Sketch of the medical history of the native army of Bombay, for the year
Year: 1872
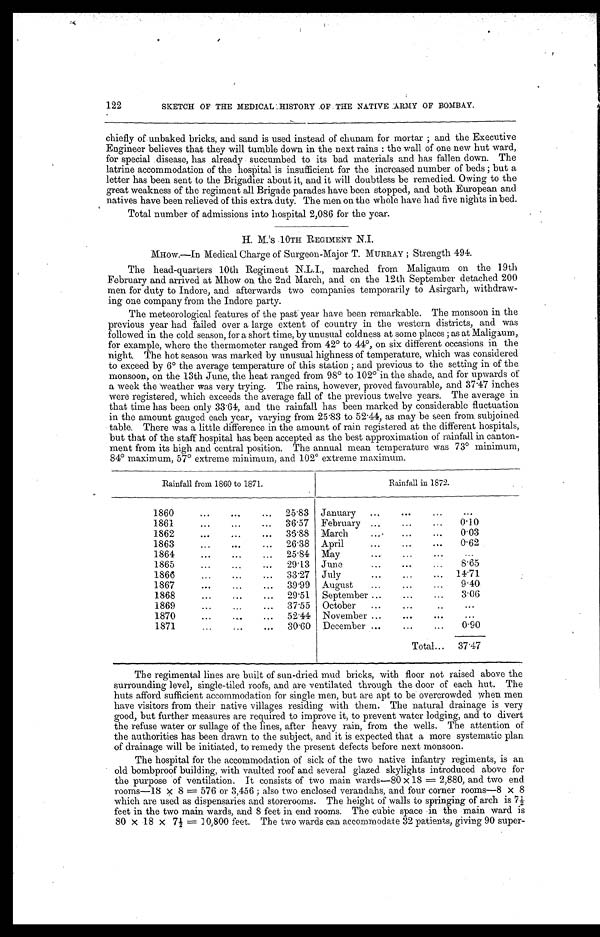
122
SKETCH OF THE MEDICA HISTORY OF THE NATIVE ARMY OF BOMBAY.
chiefly of unbaked bricks, and sand is used instead of chunam for mortar ; and the Executive
Engineer believes that they will tumble down in the next rains : the wall of one new hut ward,
for special disease, has already succumbed to its bad materials and has fallen down. The
latrine accommodation of the hospital is insufficient for the increased number of beds ; but a
letter has been sent to the Brigadier about it, and it will doubtless be remedied. Owing to the
great weakness of the regiment all Brigade parades have been stopped, and both European and
natives have been relieved of this extra duty. The men on the whole have had five nights in bed.
Total number of admissions into hospital 2,086 for the year.
H. M.'S .10TH REGIMENT N.I.
MHOW.—In Medical Charge of Surgeon-Major T. MURRAY ; Strength 494.
The head-quarters 10th Regiment N.L.I., marched from Maligaum on the 19th
February and arrived at Mhow on the 2nd March, and on the 12th September detached 200
men for duty to Indore, and afterwards two companies temporarily to Asirgarh, withdraw-
ing one company from the Indore party.
The meteorological features of the past year have been remarkable. The monsoon in the
previous year had failed over a large extent of country in the western districts, and was
followed in the cold season, for a short time, by unusual coldness at some places ; as at Maligaum,
for example, where the thermometer ranged from 42° to 44°, on six different occasions in the
night. The hot season was marked by unusual highness of temperature, which was considered
to exceed by 6° the average temperature of this station ; and previous to the setting in of the
monsoon, on the 13th June, the heat ranged from 98° to 102° in the shade, and for upwards of
a week the weather was very trying. The rains, however, proved favourable, and 37.47 inches
were registered, which exceeds the average fall of the previous twelve years. The average in
that time has been only 33.64, and the rainfall has been marked by considerable fluctuation
in the amount gauged each year, varying from 25.83 to 52.44, as may be seen from subjoined
table. There was a little difference in the amount of rain registered at the different hospitals,
but that of the staff hospital has been accepted as the best approximation of rainfall in canton-
ment from its high and central position. The annual mean temperature was 73° minimum,
84° maximum, 57° extreme minimum, and 102° extreme maximum.
Rainfall from 1860 to 1871.
Rainfall in 1872.
1860 . . .
25.83
January . . .
. . .
1861 . . .
36.57
February . . .
0.10
1862 . . .
36.88
March . . .
0.03
1863 . . .
26.38
April . . .
0.62
1864 . . .
25.84
May . . .
. . .
1865 . . .
29.13
June . . .
8.65
1866 . . .
33.27
July
.
.
.
14.71
1867 . . .
39.99
A u g u s t . . .
9.40
1868 . . .
29.51
September . . .
3.06
1869 . . .
37.55
October . . .
. . .
1870 . . .
52.44
November . . .
. . .
1871 . . .
30.60
December . . .
0.90
Total . . .
37.47
The regimental lines are built of sun-dried mud bricks, with floor not raised above the
surrounding level, single-tiled roofs, and are ventilated through the door of each hut. The
huts afford sufficient accommodation for single men, but are apt to be overcrowded when men
have visitors from their native villages residing with them. The natural drainage is very
good, but further measures are required to improve it, to prevent water lodging, and to divert
the refuse water or sullage of the lines, after heavy rain, from the wells. The attention of
the authorities has been drawn to the subject, and it is expected that a more systematic plan
of drainage will be initiated, to remedy the present defects before next monsoon.
The hospital for the accommodation of sick of the two native infantry regiments, is an
old bombproof building, with vaulted roof and several glazed skylights introduced above for
the purpose of ventilation. It consists of two main wards—80 x 18 = 2,880, and two end
rooms-18 × 8 = 576 or 3,456 ; also two enclosed verandahs, and four corner rooms—8 × 8
which are used as dispensaries and storerooms. The height of walls to springing of arch is 7½
feet in the two main wards, and 8 feet in end rooms. The cubic space in the main ward is
80 × 18 × 7½ = 10,800 feet. The two wards can accommodate 32 patients, giving 90 super
-